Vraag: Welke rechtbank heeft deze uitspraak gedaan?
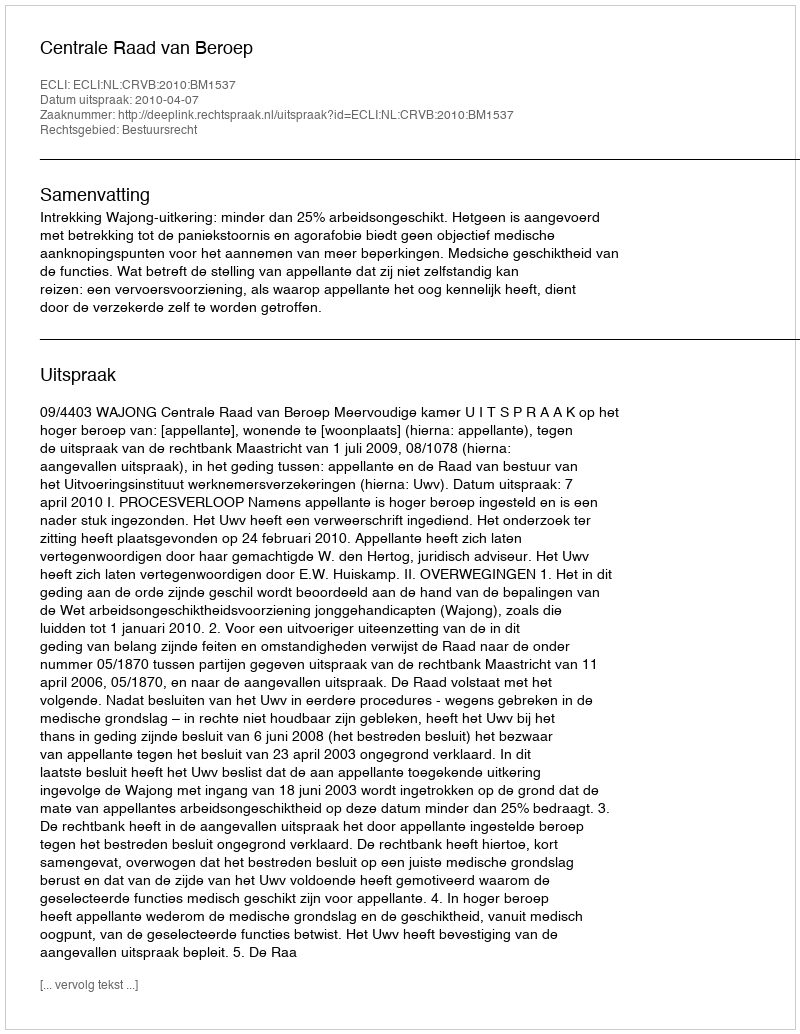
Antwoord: Centrale Raad van Beroep